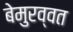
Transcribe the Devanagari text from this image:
बेमुरव्वत